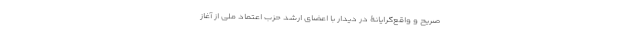
صریح و واقع‌گرایانۀ در دیدار با اعضای ارشد حزب اعتماد ملی از آغاز